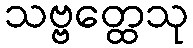
သဗ္ဗတ္ထေသု